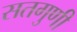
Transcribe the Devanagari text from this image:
सतगुणी